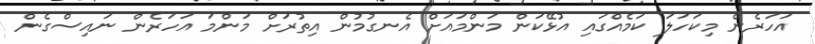
އަހަރެން މިކަހަލަ ކަމެއްގައި އުޅޭކަން މަންމައަށް އެނގުމުން އިތުރަށް މަންމަ އަހަރެން ނައިސްގެން